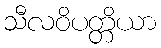
သီလဝိပတ္တိယာ